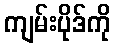
ကျမ်းပိုဒ်ကို